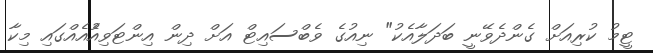
ޓީމު ކުރިއަށް ގެންދެވޭނީ ބަދަލާއެކު" ނިއުގެ ވެބްސައިޓް އަށް ދިން އިންޓަވިއުެއެއްގައި މިކާ